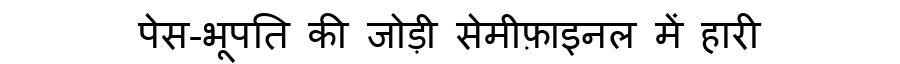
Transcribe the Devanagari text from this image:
पेस-भूपति की जोड़ी सेमीफ़ाइनल में हारी